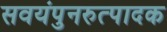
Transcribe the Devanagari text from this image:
सवयंपुनरुत्पादक